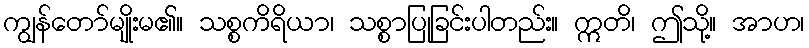
ကျွန်တော်မျိုးမ၏။ သစ္စကိရိယာ၊ သစ္စာပြုခြင်းပါတည်း။ ဣတိ၊ ဤသို့။ အာဟ၊